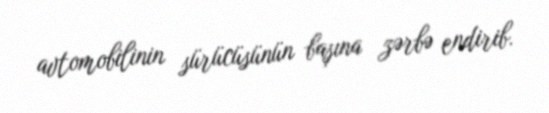
avtomobilinin sürücüsünün başına zərbə endirib.